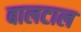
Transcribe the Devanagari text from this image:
बालटाल